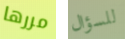
مررها للسؤال